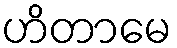
ဟိတာမေ